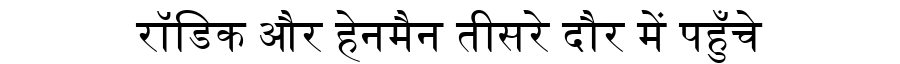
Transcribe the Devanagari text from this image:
रॉडिक और हेनमैन तीसरे दौर में पहुँचे